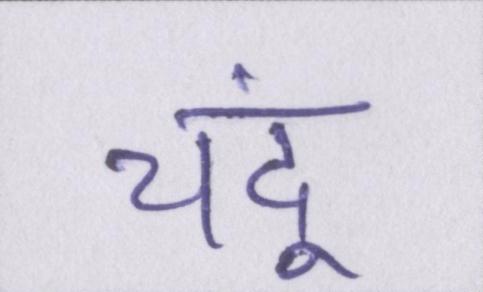
चंदू